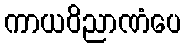
ကာယဝိညာဏံပေ